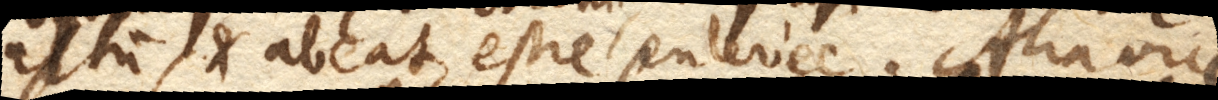
altum, et abeat, estre enlevée +). Alia vice